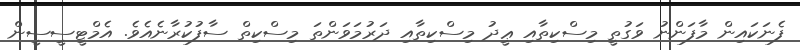
ފެނަކައިން މާފަންނު ވަގުތީ މިސްކިތާއި ޢީދު މިސްކިތާއި ދަރުމަވަންތަ މިސްކިތް ސާފުކުރާނެއެވެ. އެމްޓީސީސީން